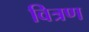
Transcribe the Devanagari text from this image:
वित्रण